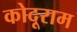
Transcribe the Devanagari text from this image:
कोदूराम